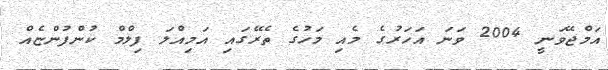
އަމްޖޭވަނީ 2004 ވަނަ އަހަރުގެ މެއި މަހުގެ ތެރޭގައި އަމިއްލަ ފިލްމް ކުންފުންޏެއް